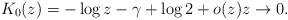
LaTeX: \begin{align*} K_0(z) = -\log z -\gamma+\log 2 + o(z) z\to 0.\end{align*}